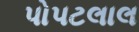
પોપટલાલ